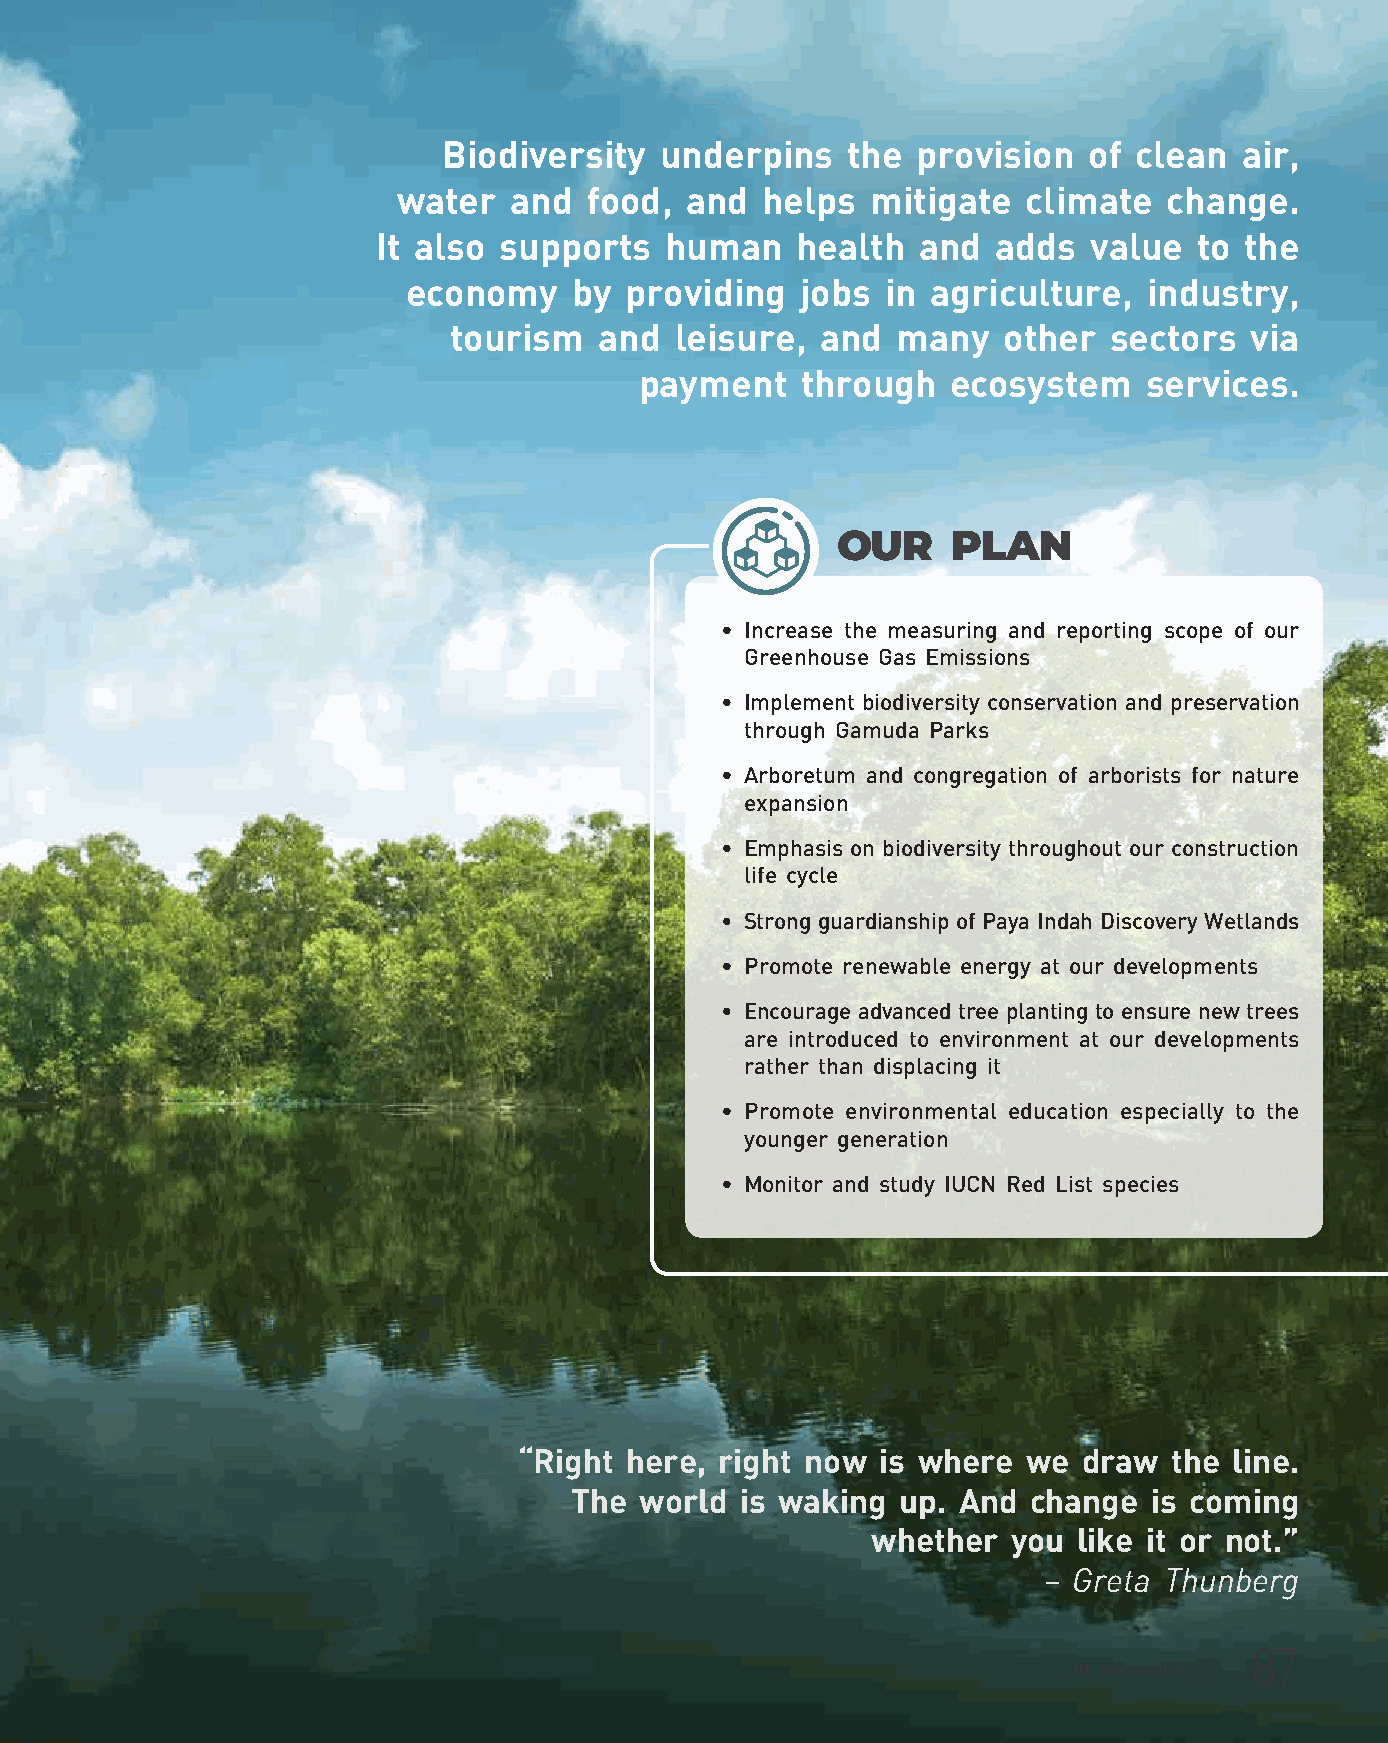
Biodiversity   underpins   the  provision  of clean  air,
 water   and  food, and  helps   mitigate  climate  change.
 It also supports   human    health  and  adds  value  to the
 economy    by providing   jobs  in agriculture,  industry,
 tourism   and  leisure, and  many   other  sectors   via
 payment    through   ecosystem    services.
 OUR     PLAN
 • Increase the measuring and reporting scope of our
 Greenhouse Gas Emissions
 • Implement biodiversity conservation and preservation
 through Gamuda Parks
 • Arboretum and congregation of arborists for nature
 expansion
 • Emphasis on biodiversity throughout our construction
 life cycle
 • Strong guardianship of Paya Indah Discovery Wetlands
 • Promote renewable energy at our developments
 • Encourage advanced tree planting to ensure new trees
 are introduced to environment at our developments
 rather than displacing it
 • Promote environmental education especially to the
 younger generation
 • Monitor and study IUCN Red List species
 “Right here,  right now is where  we  draw  the line.
 The world  is waking  up. And change  is coming
 whether  you like it or not.”
 – Greta Thunberg
 87
 04 Sustainability